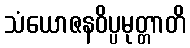
သံယောဇနဝိပ္ပမုတ္တာတိ